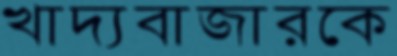
খাদ্যবাজারকে